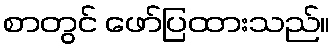
စာတွင် ဖော်ပြထားသည်။